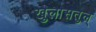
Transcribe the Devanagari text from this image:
खुलासतुल्